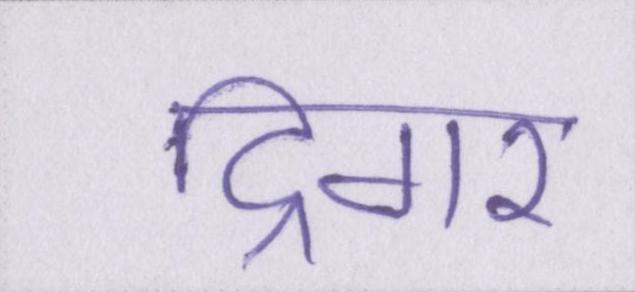
ट्रिगर